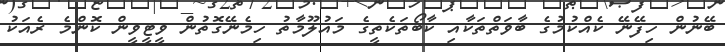
ބޭނުން ހިފޭނޭ ކެއްކުމުގެ ބާވަތްތަކާއި ކާބޯތަކެތީގެ މައުލޫމާތު ހިމެނޭގޮތުން ވީޓީވީން ކޮންމެ ރެއަކު